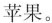
苹果。